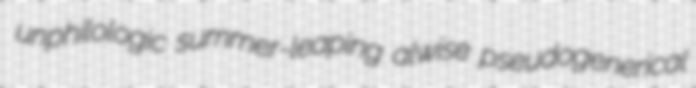
unphilologic summer-leaping alwise pseudogenerical